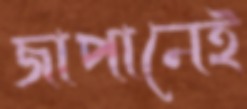
জাপানেই